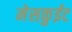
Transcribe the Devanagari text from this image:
मेसकुईट